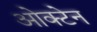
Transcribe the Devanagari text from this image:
ओक्टेन